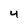
Character: 4